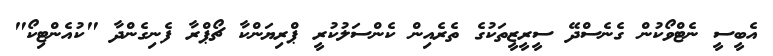
އެބީސީ ނެޓްވޯކުން ގެނެސްދޭ ސީރީޒީތަކުގެ ތެރެއިން ކެންސަލުކުރީ ޕްރިޔަންކާ ޗޯޕްރާ ފެނިގެންދާ "ކުއެންޓިކޯ"